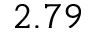
2 . 7 9